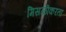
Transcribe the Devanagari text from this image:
मिसळीकरता